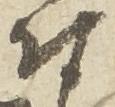
付